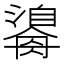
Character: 𤂃